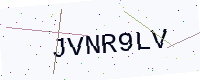
Text: JVNR9LV